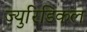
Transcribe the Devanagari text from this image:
ज्युरिडिकल